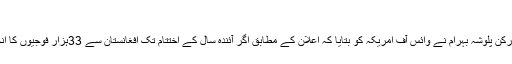
“
قومی اسمبلی کی قائمہ کمیٹی برائے اُمور خارجہ کی رکن پلوشہ بہرام نے وائس آف امریکہ کو بتایا کہ اعلان کے مطابق اگر آئندہ سال کے اختتام تک افغانستان سے 33ہزار فوجیوں کا انخلاء مکمل ہوتا ہے تو یہ ایک مثبت پیش رفت ہوگی ۔